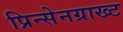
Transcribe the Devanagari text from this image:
प्रिन्सेनग्राख्ट